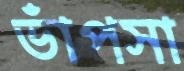
ভাঁপসা